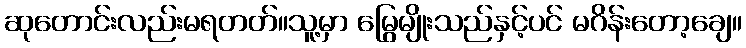
ဆုတောင်းလည်းမရတတ်။သူ့မှာ မြွေမျိုးသည်နှင့်ပင် မဂိန်းတော့ချေ။